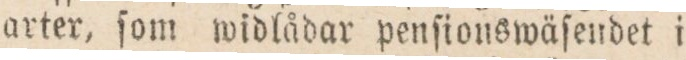
arter, ſom widlådar penſionswäfendet i